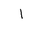
Letter: _alif